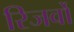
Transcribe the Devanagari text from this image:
रिजर्वो